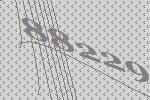
88229